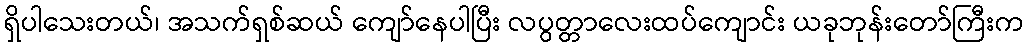
ရှိပါသေးတယ်၊ အသက်ရှစ်ဆယ် ကျော်နေပါပြီး လပွတ္တာလေးထပ်ကျောင်း ယခုဘုန်းတော်ကြီးက